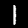
Label: 1